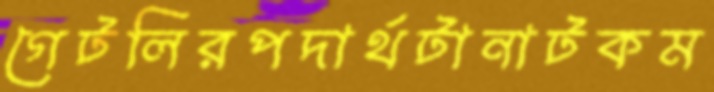
গেটলিরপদার্থটানাটকম